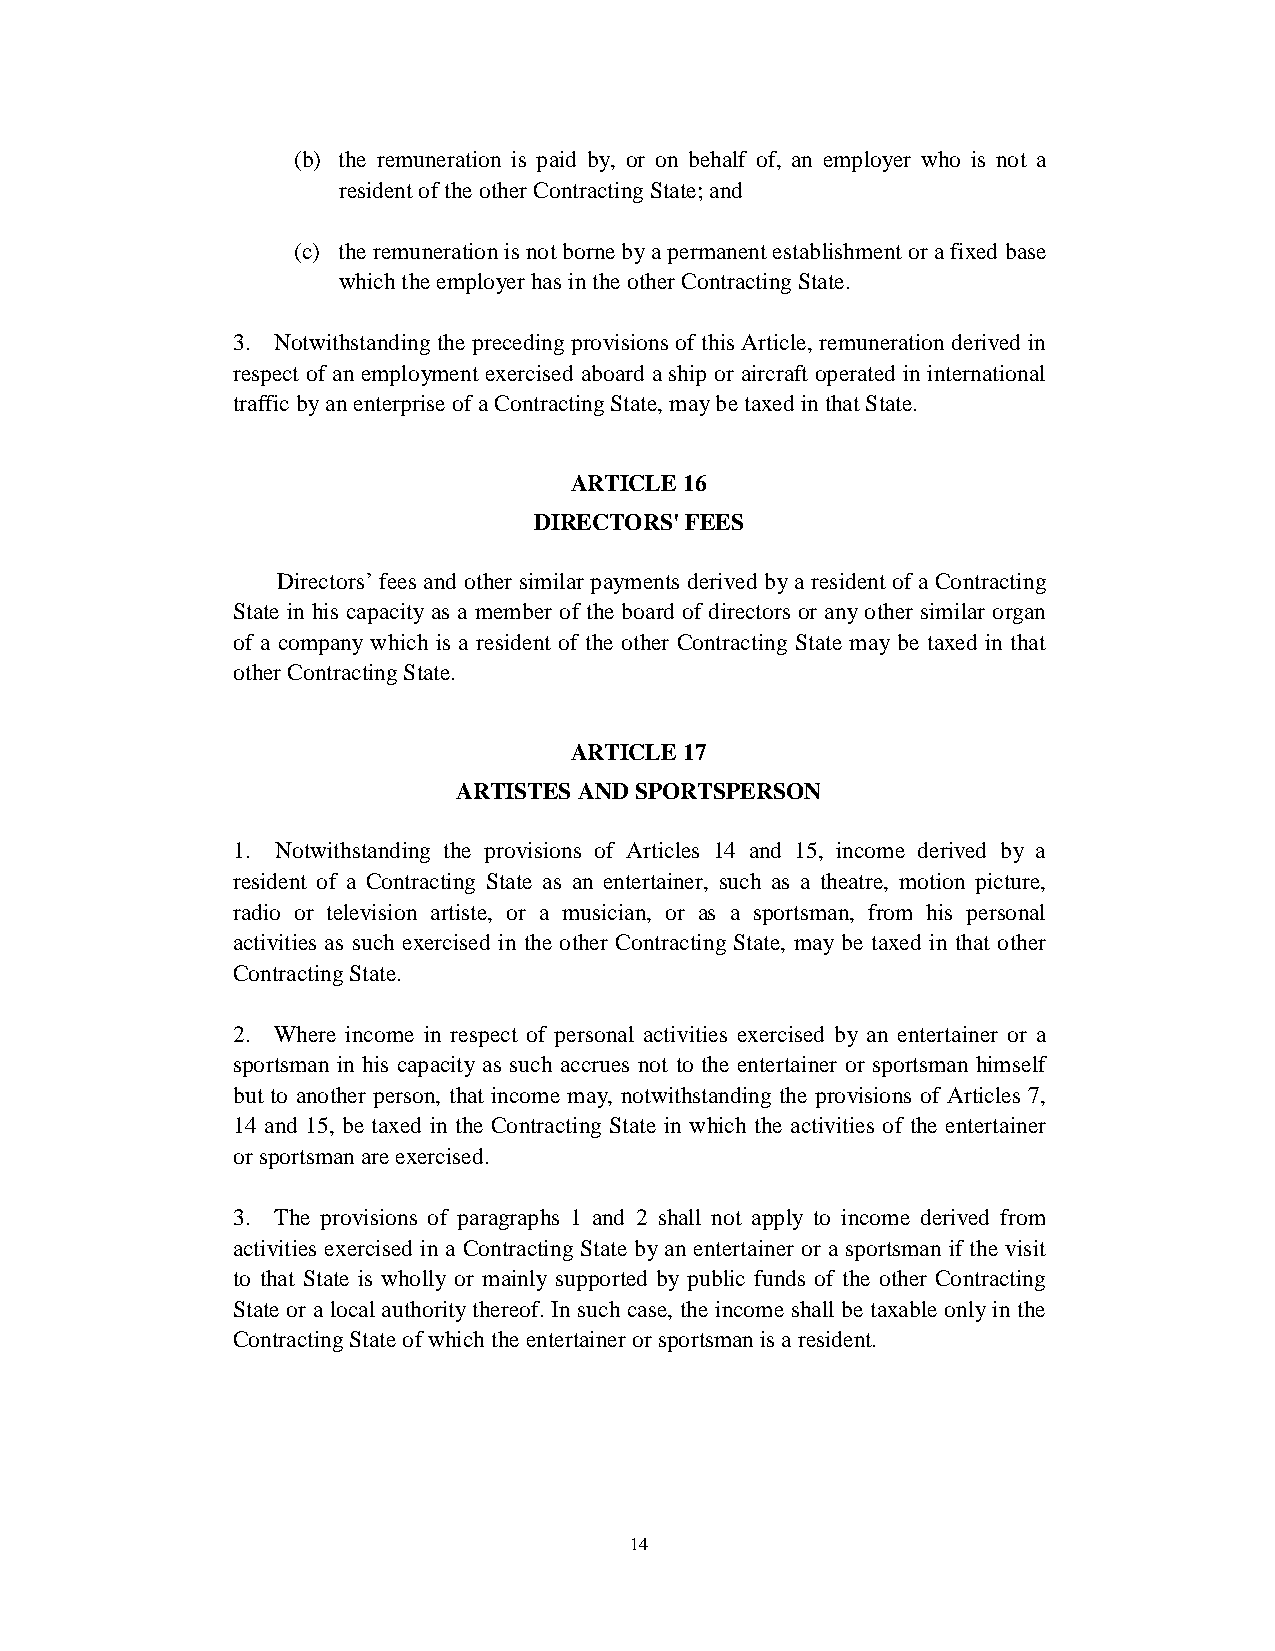
(b) the remuneration is paid by, or on behalf of, an employer who is not a
 resident of the other Contracting State; and
 (c) the remuneration is not borne by a permanent establishment or a fixed base
 which the employer has in the other Contracting State.
 3. Notwithstanding the preceding provisions of this Article, remuneration derived in
 respect of an employment exercised aboard a ship or aircraft operated in international
 traffic by an enterprise of a Contracting State, may be taxed in that State.
 ARTICLE 16
 DIRECTORS' FEES
 Directors’ fees and other similar payments derived by a resident of a Contracting
 State in his capacity as a member of the board of directors or any other similar organ
 of a company which is a resident of the other Contracting State may be taxed in that
 other Contracting State.
 ARTICLE 17
 ARTISTES AND SPORTSPERSON
 1. Notwithstanding the provisions of Articles 14 and 15, income derived by a
 resident of a Contracting State as an entertainer, such as a theatre, motion picture,
 radio or television artiste, or a musician, or as a sportsman, from his personal
 activities as such exercised in the other Contracting State, may be taxed in that other
 Contracting State.
 2. Where income in respect of personal activities exercised by an entertainer or a
 sportsman in his capacity as such accrues not to the entertainer or sportsman himself
 but to another person, that income may, notwithstanding the provisions of Articles 7,
 14 and 15, be taxed in the Contracting State in which the activities of the entertainer
 or sportsman are exercised.
 3. The provisions of paragraphs 1 and 2 shall not apply to income derived from
 activities exercised in a Contracting State by an entertainer or a sportsman if the visit
 to that State is wholly or mainly supported by public funds of the other Contracting
 State or a local authority thereof. In such case, the income shall be taxable only in the
 Contracting State of which the entertainer or sportsman is a resident.
 14